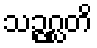
သဉ္ဇဂ္ဃတိ